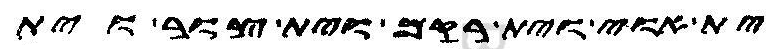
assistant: ית אוי וית רקם וית צור וית